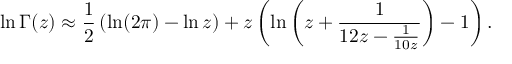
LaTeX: \ln \Gamma ( z ) \approx { \frac { 1 } { 2 } } \left( \ln ( 2 \pi ) - \ln z \right) + z \left( \ln \left( z + { \frac { 1 } { 1 2 z - { \frac { 1 } { 1 0 z } } } } \right) - 1 \right) .